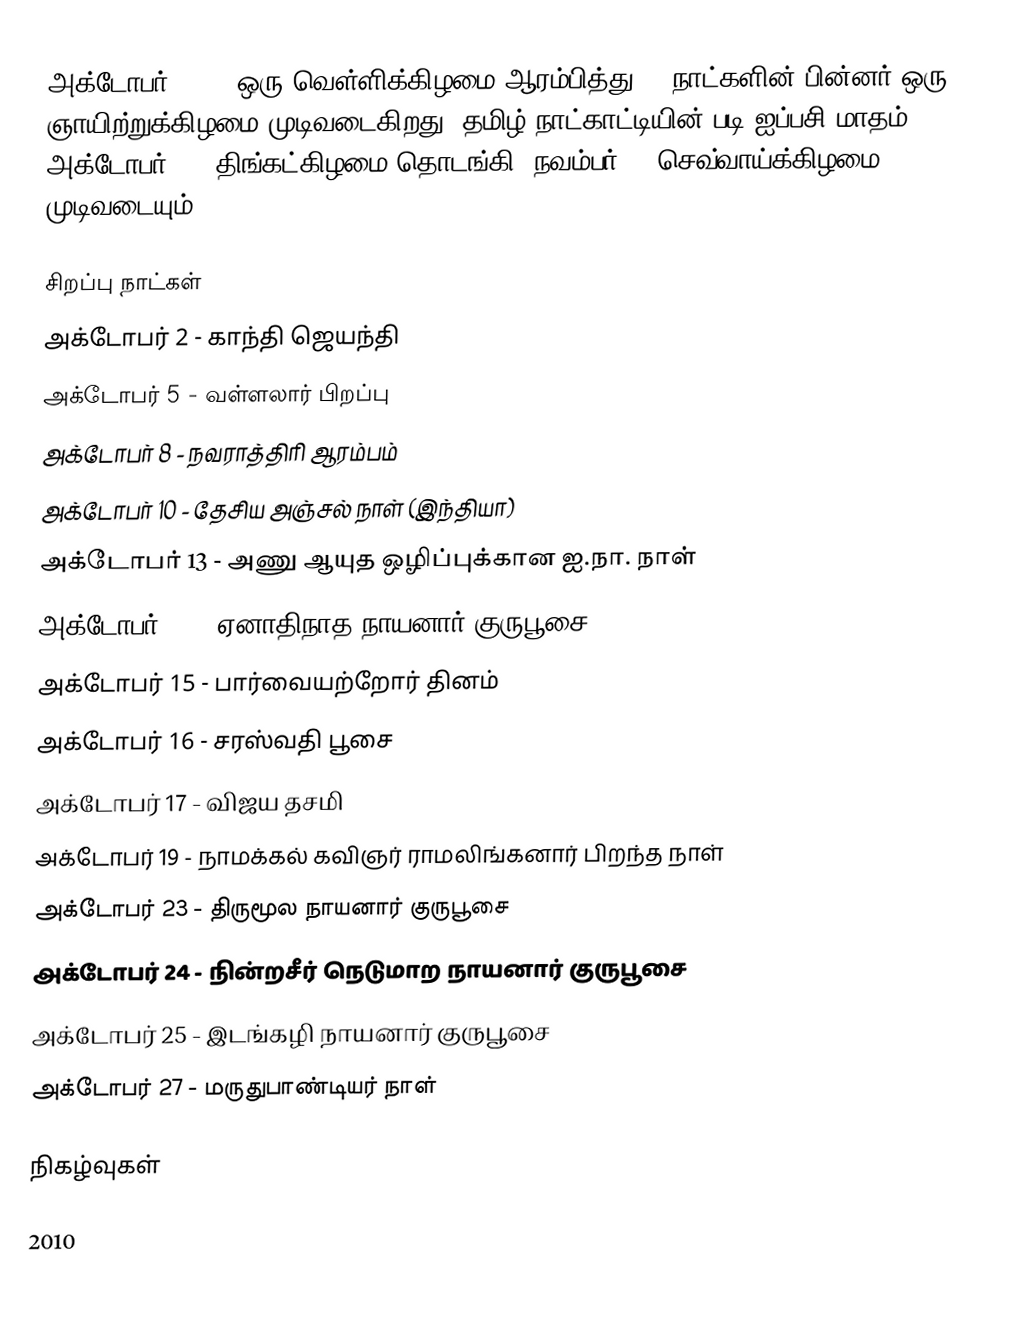
அக்டோபர் 2010, ஒரு வெள்ளிக்கிழமை ஆரம்பித்து 31 நாட்களின் பின்னர் ஒரு ஞாயிற்றுக்கிழமை முடிவடைகிறது. தமிழ் நாட்காட்டியின் படி ஐப்பசி மாதம் அக்டோபர் 18, திங்கட்கிழமை தொடங்கி, நவம்பர் 16 செவ்வாய்க்கிழமை முடிவடையும்.

சிறப்பு நாட்கள்
 அக்டோபர் 2 - காந்தி ஜெயந்தி
 அக்டோபர் 5 - வள்ளலார் பிறப்பு
 அக்டோபர் 8 - நவராத்திரி ஆரம்பம்
 அக்டோபர் 10 - தேசிய அஞ்சல் நாள் (இந்தியா)
 அக்டோபர் 13 - அணு ஆயுத ஒழிப்புக்கான ஐ.நா. நாள்
 அக்டோபர் 15 - ஏனாதிநாத நாயனார் குருபூசை
 அக்டோபர் 15 - பார்வையற்றோர் தினம்
 அக்டோபர் 16 - சரஸ்வதி பூசை
 அக்டோபர் 17 - விஜய தசமி
 அக்டோபர் 19 - நாமக்கல் கவிஞர் ராமலிங்கனார் பிறந்த நாள்
 அக்டோபர் 23 - திருமூல நாயனார் குருபூசை
 அக்டோபர் 24 - நின்றசீர் நெடுமாற நாயனார் குருபூசை
 அக்டோபர் 25 - இடங்கழி நாயனார் குருபூசை
 அக்டோபர் 27 - மருதுபாண்டியர் நாள்

நிகழ்வுகள்

2010